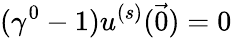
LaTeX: (\gamma^{0}-1)u^{(s)}({\vec{0}})=0